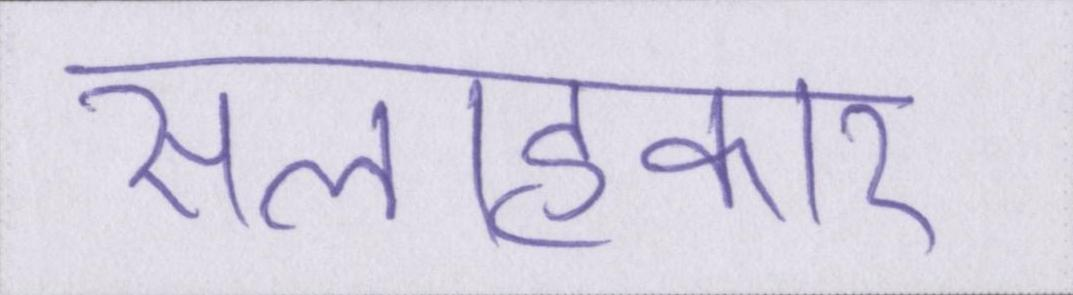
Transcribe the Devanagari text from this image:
सलाहकार